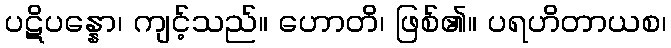
ပဋိပန္နော၊ ကျင့်သည်။ ဟောတိ၊ ဖြစ်၏။ ပရဟိတာယစ၊